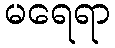
မရေရာ